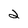
Character: 2